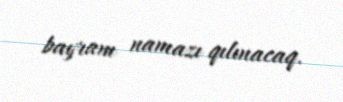
bayram namazı qılınacaq.